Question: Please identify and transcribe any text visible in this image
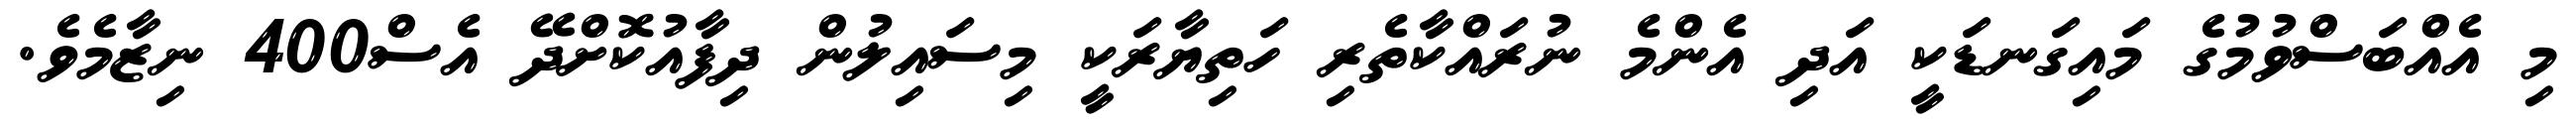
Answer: މި އެއްބަސްވުމުގެ މައިގަނޑަކީ އަދި އެންމެ ނުރައްކާތެރި ހަތިޔާރަކީ މިސައިލުން ދިފާއުކޮށްދޭ އެސް400 ނިޒާމެވެ.